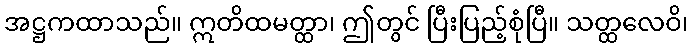
အဋ္ဌကထာသည်။ ဣတိထမတ္ထာ၊ ဤတွင် ပြီးပြည့်စုံပြီ။ သတ္ထလေဝိ၊